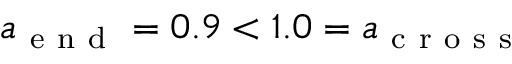
a _ { \mathrm { ~ e ~ n ~ d ~ } } = 0 . 9 < 1 . 0 = a _ { \mathrm { ~ c ~ r ~ o ~ s ~ s ~ } }